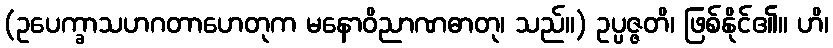
(ဥပေက္ခာသဟဂတာဟေတုက မနောဝိညာဏဓာတု၊ သည်။) ဥပ္ပဇ္ဇတိ၊ ဖြစ်နိုင်၏။ ဟိ၊